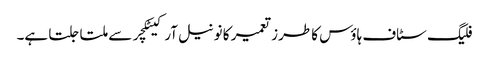
فلیگ سٹاف ہاؤس کا طرز تعمیر کا نونیل آرکیٹکچر سے ملتا جلتا ہے۔